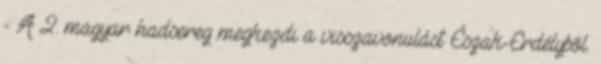
- A 2. magyar hadsereg megkezdi a visszavonulást Észak-Erdélybõl.